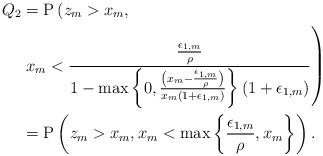
LaTeX: \begin{align*}Q_2&=\mathrm{P}\left( z_m>x_m, \right.\\ &\left. x_m< \frac{\frac{\epsilon_{1,m}}{\rho}}{1- \max\left\{0, \frac{ \left(x_m-\frac{\epsilon_{1,m}}{\rho}\right)}{x_m(1+\epsilon_{1,m})} \right\}(1+\epsilon_{1,m})} \right)\\&=\mathrm{P}\left( z_m>x_m, x_m< \max\left\{\frac{\epsilon_{1,m}}{\rho} , x_m \right\} \right).\end{align*}